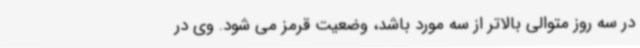
در سه روز متوالی بالاتر از سه مورد باشد، وضعیت قرمز می شود. وی در